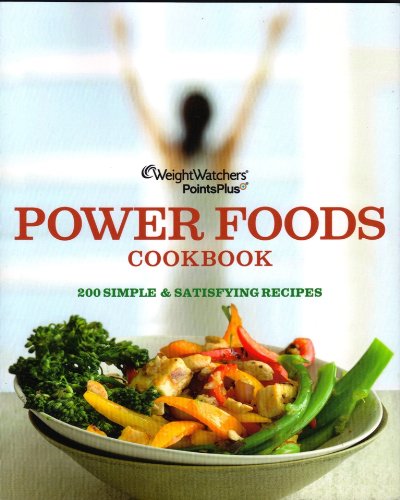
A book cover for Weight Watchers PointsPlus Power Foods Cookbook; Health, Fitness & Dieting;